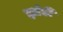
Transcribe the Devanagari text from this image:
झांडी